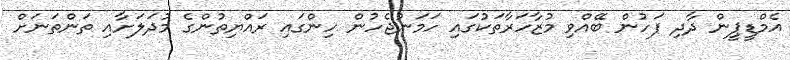
އެމްޑީޕީން ދާދި ފަހުން ބޭއްވި މުޒާހަރާތަކުގައި ހަމަނުޖެހުން ހިންގައި ރައްޔިތުންގެ މުދަލަށާއި ތަންތަނަށް